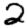
Digit: 2